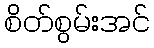
စိတ်စွမ်းအင်